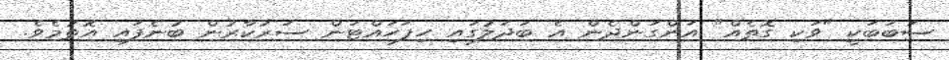
ސަބަބަކީ "ވަކި ގޮތެއް" އަންގަންދެން އެ ބަދަލުގައި ހިފަހައްޓަން ސަރުކާރުން ބުނެފައި އޮތުމެވެ.